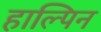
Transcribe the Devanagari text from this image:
हाल्पिन